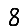
Digit: 8